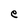
Character: e